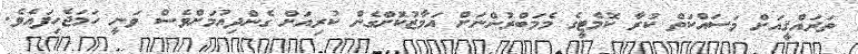
ތަރައްޤީއަށް މަސައްކަތް ކުރާ ކޮމެޓީގެ މެމަބްރުންނަށް އަމާޒުކޮށްގެން ކުރިއަށް ގެންދިއުމަށްވެސް ވަނީ ހަމަޖެހިފައެވެ.